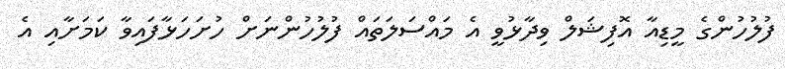
ފުލުހުންގެ މީޑިއާ އޮފިޝަލް ވިދާޅުވީ އެ މައްސަލަތައް ފުލުހުންނަށް ހުށަހަޅާފައިވާ ކަމަށާއި އެ